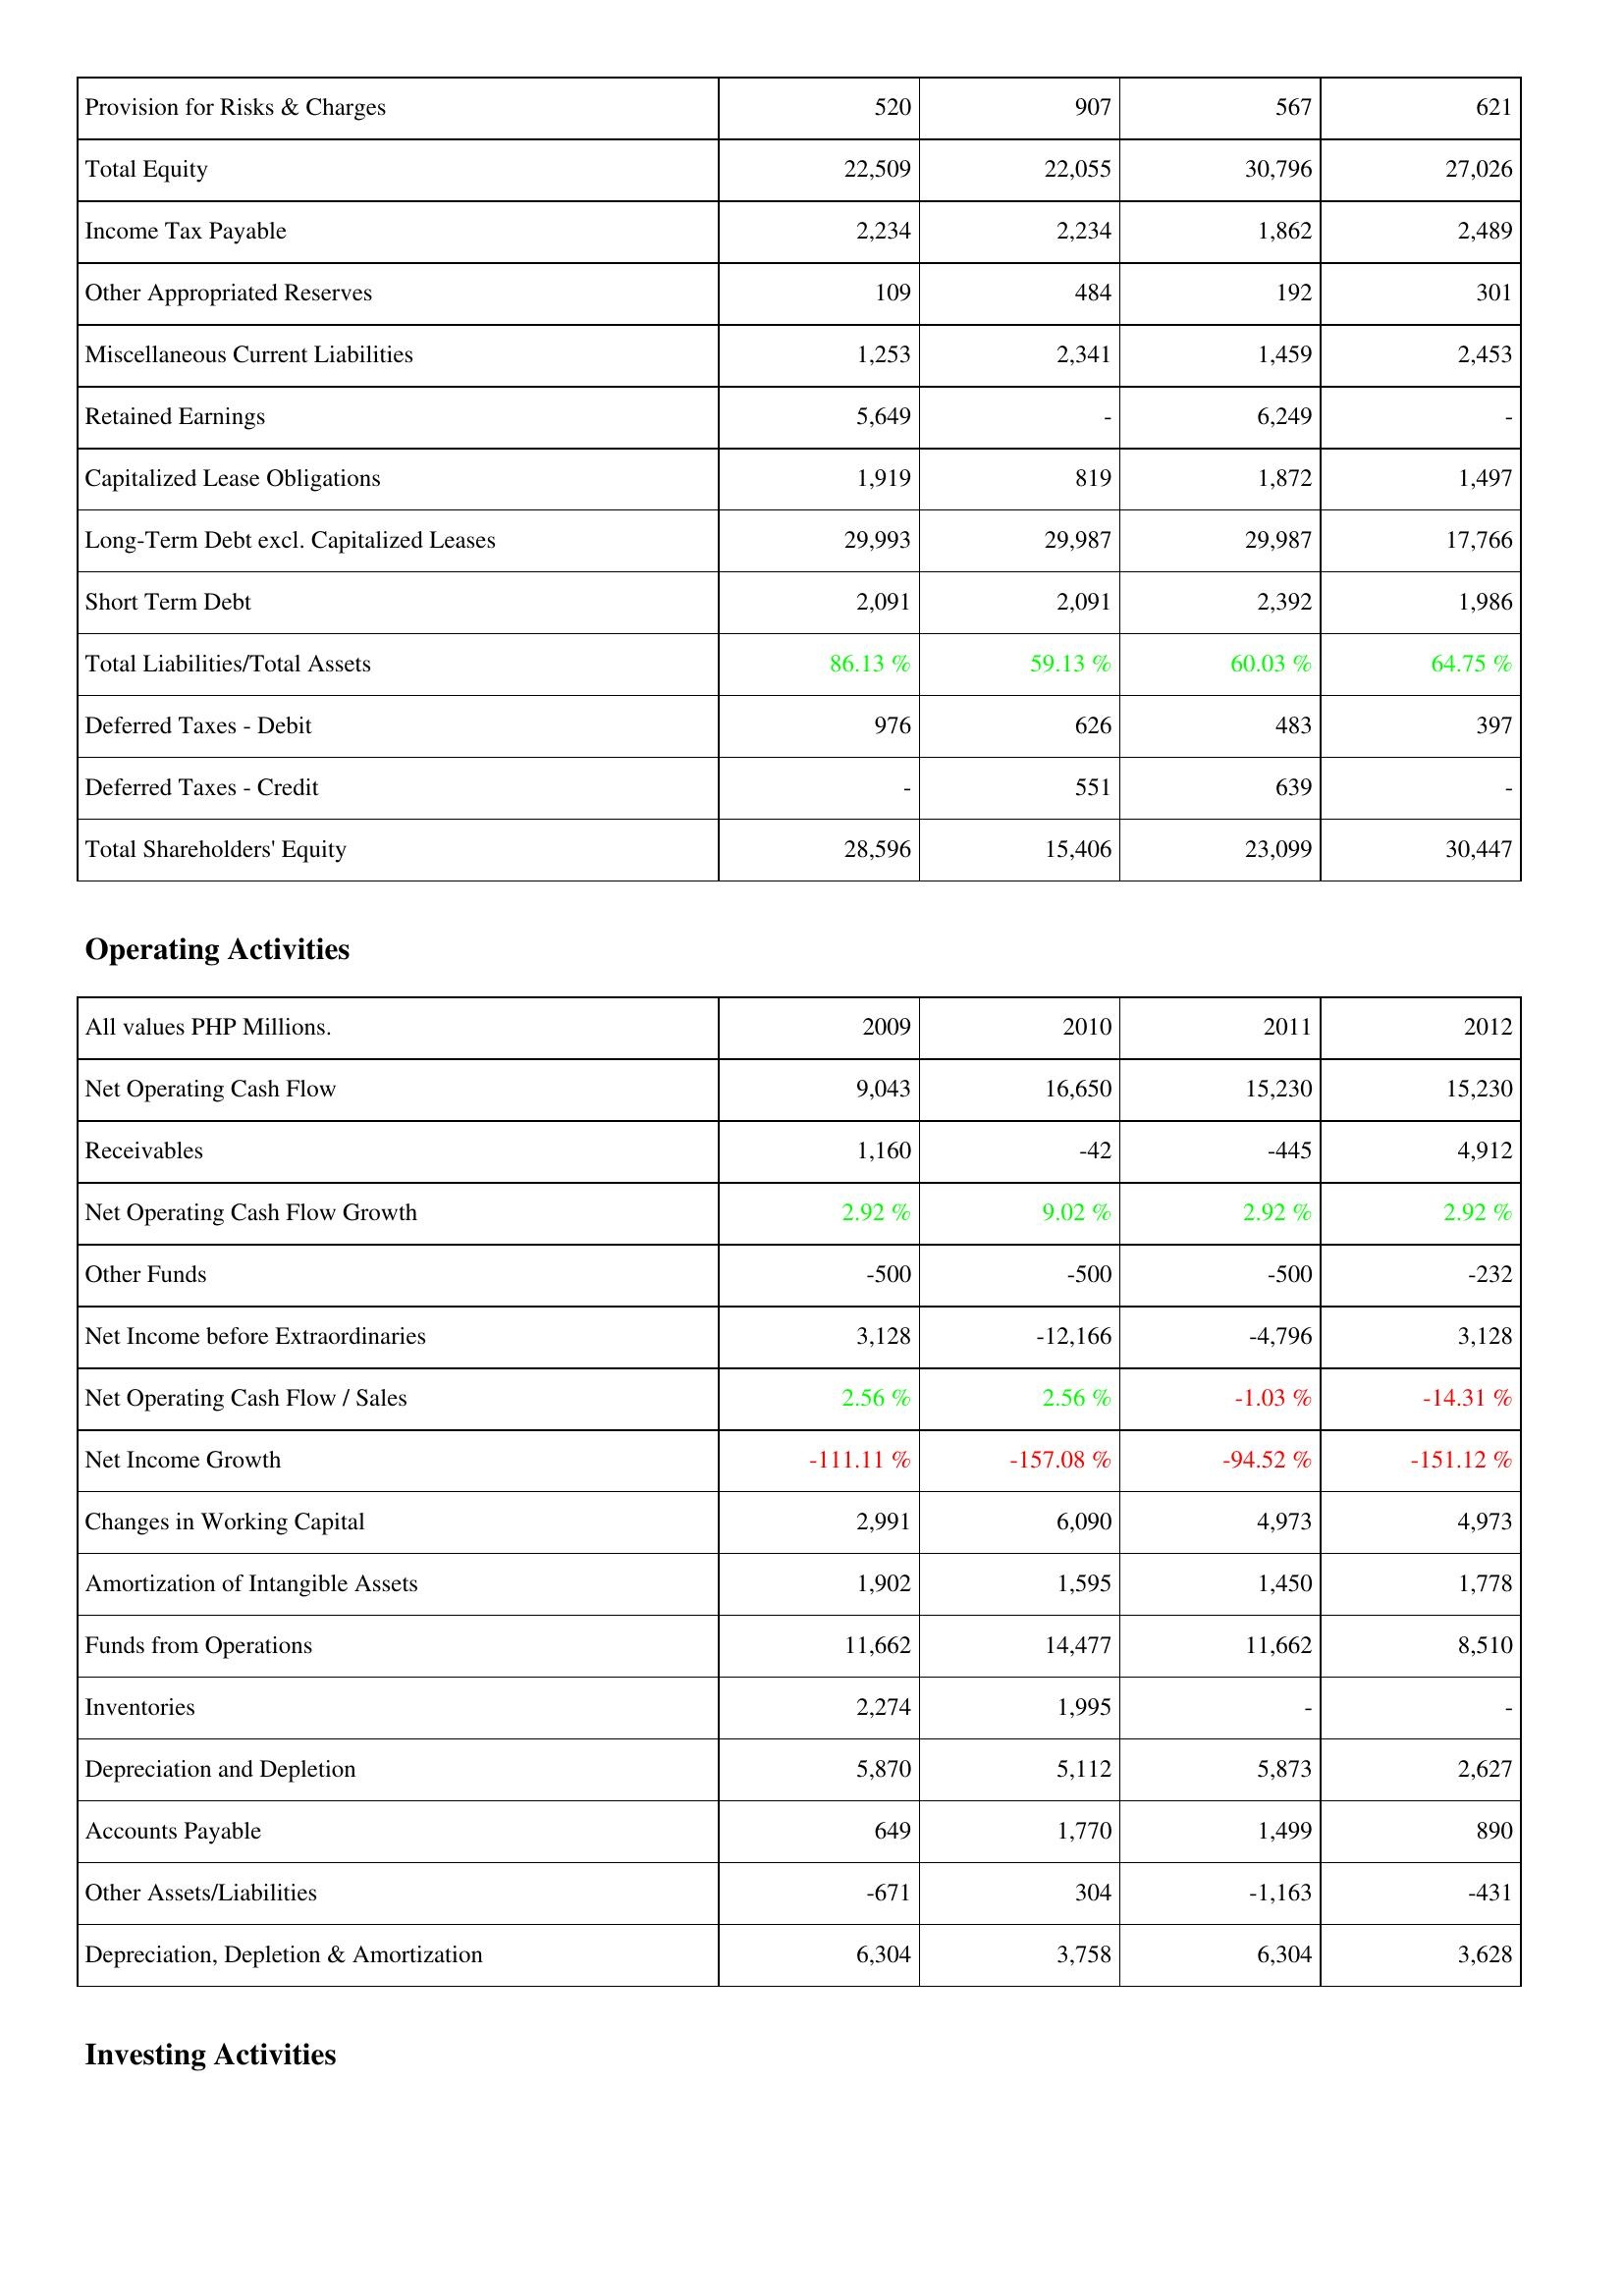
2009: Liabilities & Shareholders' Equity: Provision for Risks & Charges: 520
Total Equity: 22,509
Income Tax Payable: 2,234
Other Appropriated Reserves: 109
Miscellaneous Current Liabilities: 1,253
Retained Earnings: 5,649
Capitalized Lease Obligations: 1,919
Long-Term Debt excl. Capitalized Leases: 29,993
Short Term Debt: 2,091
Total Liabilities/Total Assets: 86.13 %
Deferred Taxes - Debit: 976
Deferred Taxes - Credit: -
Total Shareholders' Equity: 28,596
Operating Activities: Net Operating Cash Flow: 9,043
Receivables: 1,160
Net Operating Cash Flow Growth: 2.92 %
Other Funds: -500
Net Income before Extraordinaries: 3,128
Net Operating Cash Flow / Sales: 2.56 %
Net Income Growth: -111.11 %
Changes in Working Capital: 2,991
Amortization of Intangible Assets: 1,902
Funds from Operations: 11,662
Inventories: 2,274
Depreciation and Depletion: 5,870
Accounts Payable: 649
Other Assets/Liabilities: -671
Depreciation, Depletion & Amortization: 6,304
2010: Liabilities & Shareholders' Equity: Provision for Risks & Charges: 907
Total Equity: 22,055
Income Tax Payable: 2,234
Other Appropriated Reserves: 484
Miscellaneous Current Liabilities: 2,341
Retained Earnings: -
Capitalized Lease Obligations: 819
Long-Term Debt excl. Capitalized Leases: 29,987
Short Term Debt: 2,091
Total Liabilities/Total Assets: 59.13 %
Deferred Taxes - Debit: 626
Deferred Taxes - Credit: 551
Total Shareholders' Equity: 15,406
Operating Activities: Net Operating Cash Flow: 16,650
Receivables: -42
Net Operating Cash Flow Growth: 9.02 %
Other Funds: -500
Net Income before Extraordinaries: -12,166
Net Operating Cash Flow / Sales: 2.56 %
Net Income Growth: -157.08 %
Changes in Working Capital: 6,090
Amortization of Intangible Assets: 1,595
Funds from Operations: 14,477
Inventories: 1,995
Depreciation and Depletion: 5,112
Accounts Payable: 1,770
Other Assets/Liabilities: 304
Depreciation, Depletion & Amortization: 3,758
2011: Liabilities & Shareholders' Equity: Provision for Risks & Charges: 567
Total Equity: 30,796
Income Tax Payable: 1,862
Other Appropriated Reserves: 192
Miscellaneous Current Liabilities: 1,459
Retained Earnings: 6,249
Capitalized Lease Obligations: 1,872
Long-Term Debt excl. Capitalized Leases: 29,987
Short Term Debt: 2,392
Total Liabilities/Total Assets: 60.03 %
Deferred Taxes - Debit: 483
Deferred Taxes - Credit: 639
Total Shareholders' Equity: 23,099
Operating Activities: Net Operating Cash Flow: 15,230
Receivables: -445
Net Operating Cash Flow Growth: 2.92 %
Other Funds: -500
Net Income before Extraordinaries: -4,796
Net Operating Cash Flow / Sales: -1.03 %
Net Income Growth: -94.52 %
Changes in Working Capital: 4,973
Amortization of Intangible Assets: 1,450
Funds from Operations: 11,662
Inventories: -
Depreciation and Depletion: 5,873
Accounts Payable: 1,499
Other Assets/Liabilities: -1,163
Depreciation, Depletion & Amortization: 6,304
2012: Liabilities & Shareholders' Equity: Provision for Risks & Charges: 621
Total Equity: 27,026
Income Tax Payable: 2,489
Other Appropriated Reserves: 301
Miscellaneous Current Liabilities: 2,453
Retained Earnings: -
Capitalized Lease Obligations: 1,497
Long-Term Debt excl. Capitalized Leases: 17,766
Short Term Debt: 1,986
Total Liabilities/Total Assets: 64.75 %
Deferred Taxes - Debit: 397
Deferred Taxes - Credit: -
Total Shareholders' Equity: 30,447
Operating Activities: Net Operating Cash Flow: 15,230
Receivables: 4,912
Net Operating Cash Flow Growth: 2.92 %
Other Funds: -232
Net Income before Extraordinaries: 3,128
Net Operating Cash Flow / Sales: -14.31 %
Net Income Growth: -151.12 %
Changes in Working Capital: 4,973
Amortization of Intangible Assets: 1,778
Funds from Operations: 8,510
Inventories: -
Depreciation and Depletion: 2,627
Accounts Payable: 890
Other Assets/Liabilities: -431
Depreciation, Depletion & Amortization: 3,628